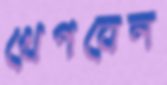
খেপবেন